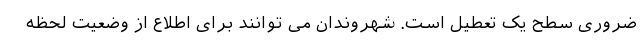
ضروری سطح یک تعطیل است. شهروندان می توانند برای اطلاع از وضعیت لحظه